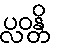
ပ္လဝန္တိ